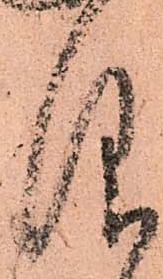
仰